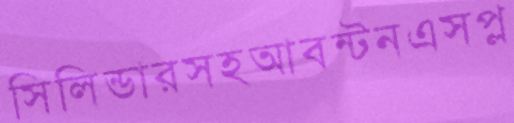
সিলিন্ডারসহআবন্টনএসপ্ল